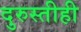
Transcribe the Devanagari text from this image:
दुरुस्तीही